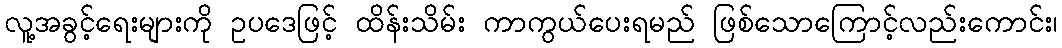
လူ့အခွင့်ရေးများကို ဥပဒေဖြင့် ထိန်းသိမ်း ကာကွယ်ပေးရမည် ဖြစ်သောကြောင့်လည်းကောင်း၊